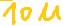
Text: 10u